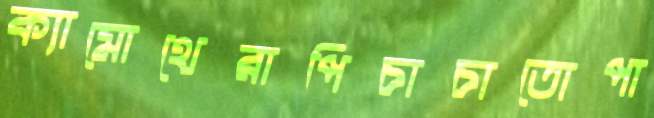
ক্যামোথেরাপিচাচাতোপা